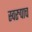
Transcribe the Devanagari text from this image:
स्वरुपाच